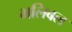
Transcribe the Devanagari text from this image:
भलिबल